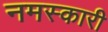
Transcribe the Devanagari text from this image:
नमस्कारी